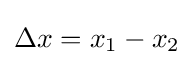
\Delta x=x_{1}-x_{2}